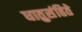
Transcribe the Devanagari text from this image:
धातुसंहिते